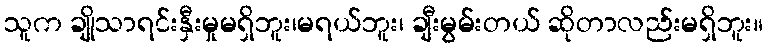
သူက ချိုသာရင်းနှီးမှုမရှိဘူး၊မရယ်ဘူး၊ ချီးမွမ်းတယ် ဆိုတာလည်းမရှိဘူး။